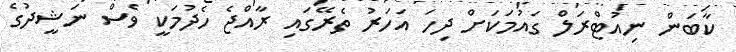
ކާބަން ނިއުޓްރަލް ގައުމަކަށް ދިހަ އަހަރު ތެރޭގައި ރާއްޖެ ހެދުމަކީ ވެސް ނަޝީދުގެ